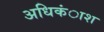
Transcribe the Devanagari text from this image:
अधिकंाश